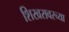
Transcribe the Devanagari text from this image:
शिखरावरच्या